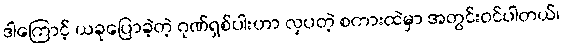
ဒါကြောင့် ယခုပြောခဲ့တဲ့ ဂုဏ်ရှစ်ပါးဟာ လှပတဲ့ စကားထဲမှာ အတွင်းဝင်ပါတယ်၊